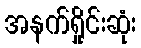
အနက်ရှိုင်းဆုံး